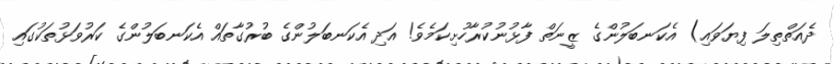
ދެއަތްތިލަ ފިޔަވައި) އެކަނބަލުންގެ ޒީނަތް ފާޅުނުކުރާހުށިކަމެވެ! އަދި އެކަނބަލުންގެ ބުރުގާތައް އެކަނބަލުންގެ ކަރުވަޅުތަކުގައި